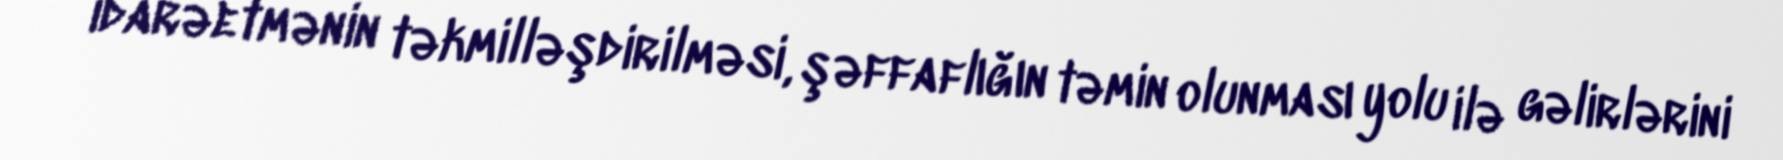
idarəetmənin təkmilləşdirilməsi, şəffaflığın təmin olunması yolu ilə gəlirlərini